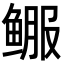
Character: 𬶚